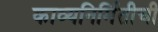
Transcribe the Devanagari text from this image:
काव्यनिर्मितीची